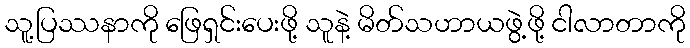
သူ့ပြဿနာကို ဖြေရှင်းပေးဖို့ သူနဲ့ မိတ်သဟာယဖွဲ့ဖို့ ငါလာတာကို